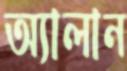
অ্যালান